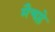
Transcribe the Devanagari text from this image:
मैचप्ले